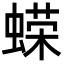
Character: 蝾